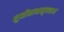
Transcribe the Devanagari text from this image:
सुप्रीताश्चाब्रुवन्रामं